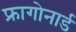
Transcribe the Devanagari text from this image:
फ्रागोनार्ड